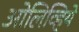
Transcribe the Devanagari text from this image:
ओलिव्हिये